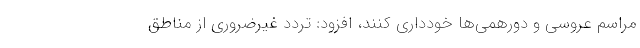
مراسم عروسی و دورهمی‌ها خودداری کنند، افزود: تردد غیرضروری از مناطق